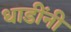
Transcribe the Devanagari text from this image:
धाडींनी